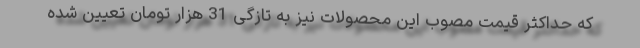
که حداکثر قیمت مصوب این محصولات نیز به تازگی 31 هزار تومان تعیین شده